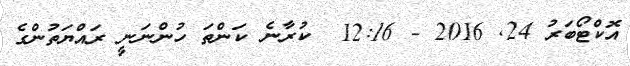
އޮކްޓޯބަރު 24